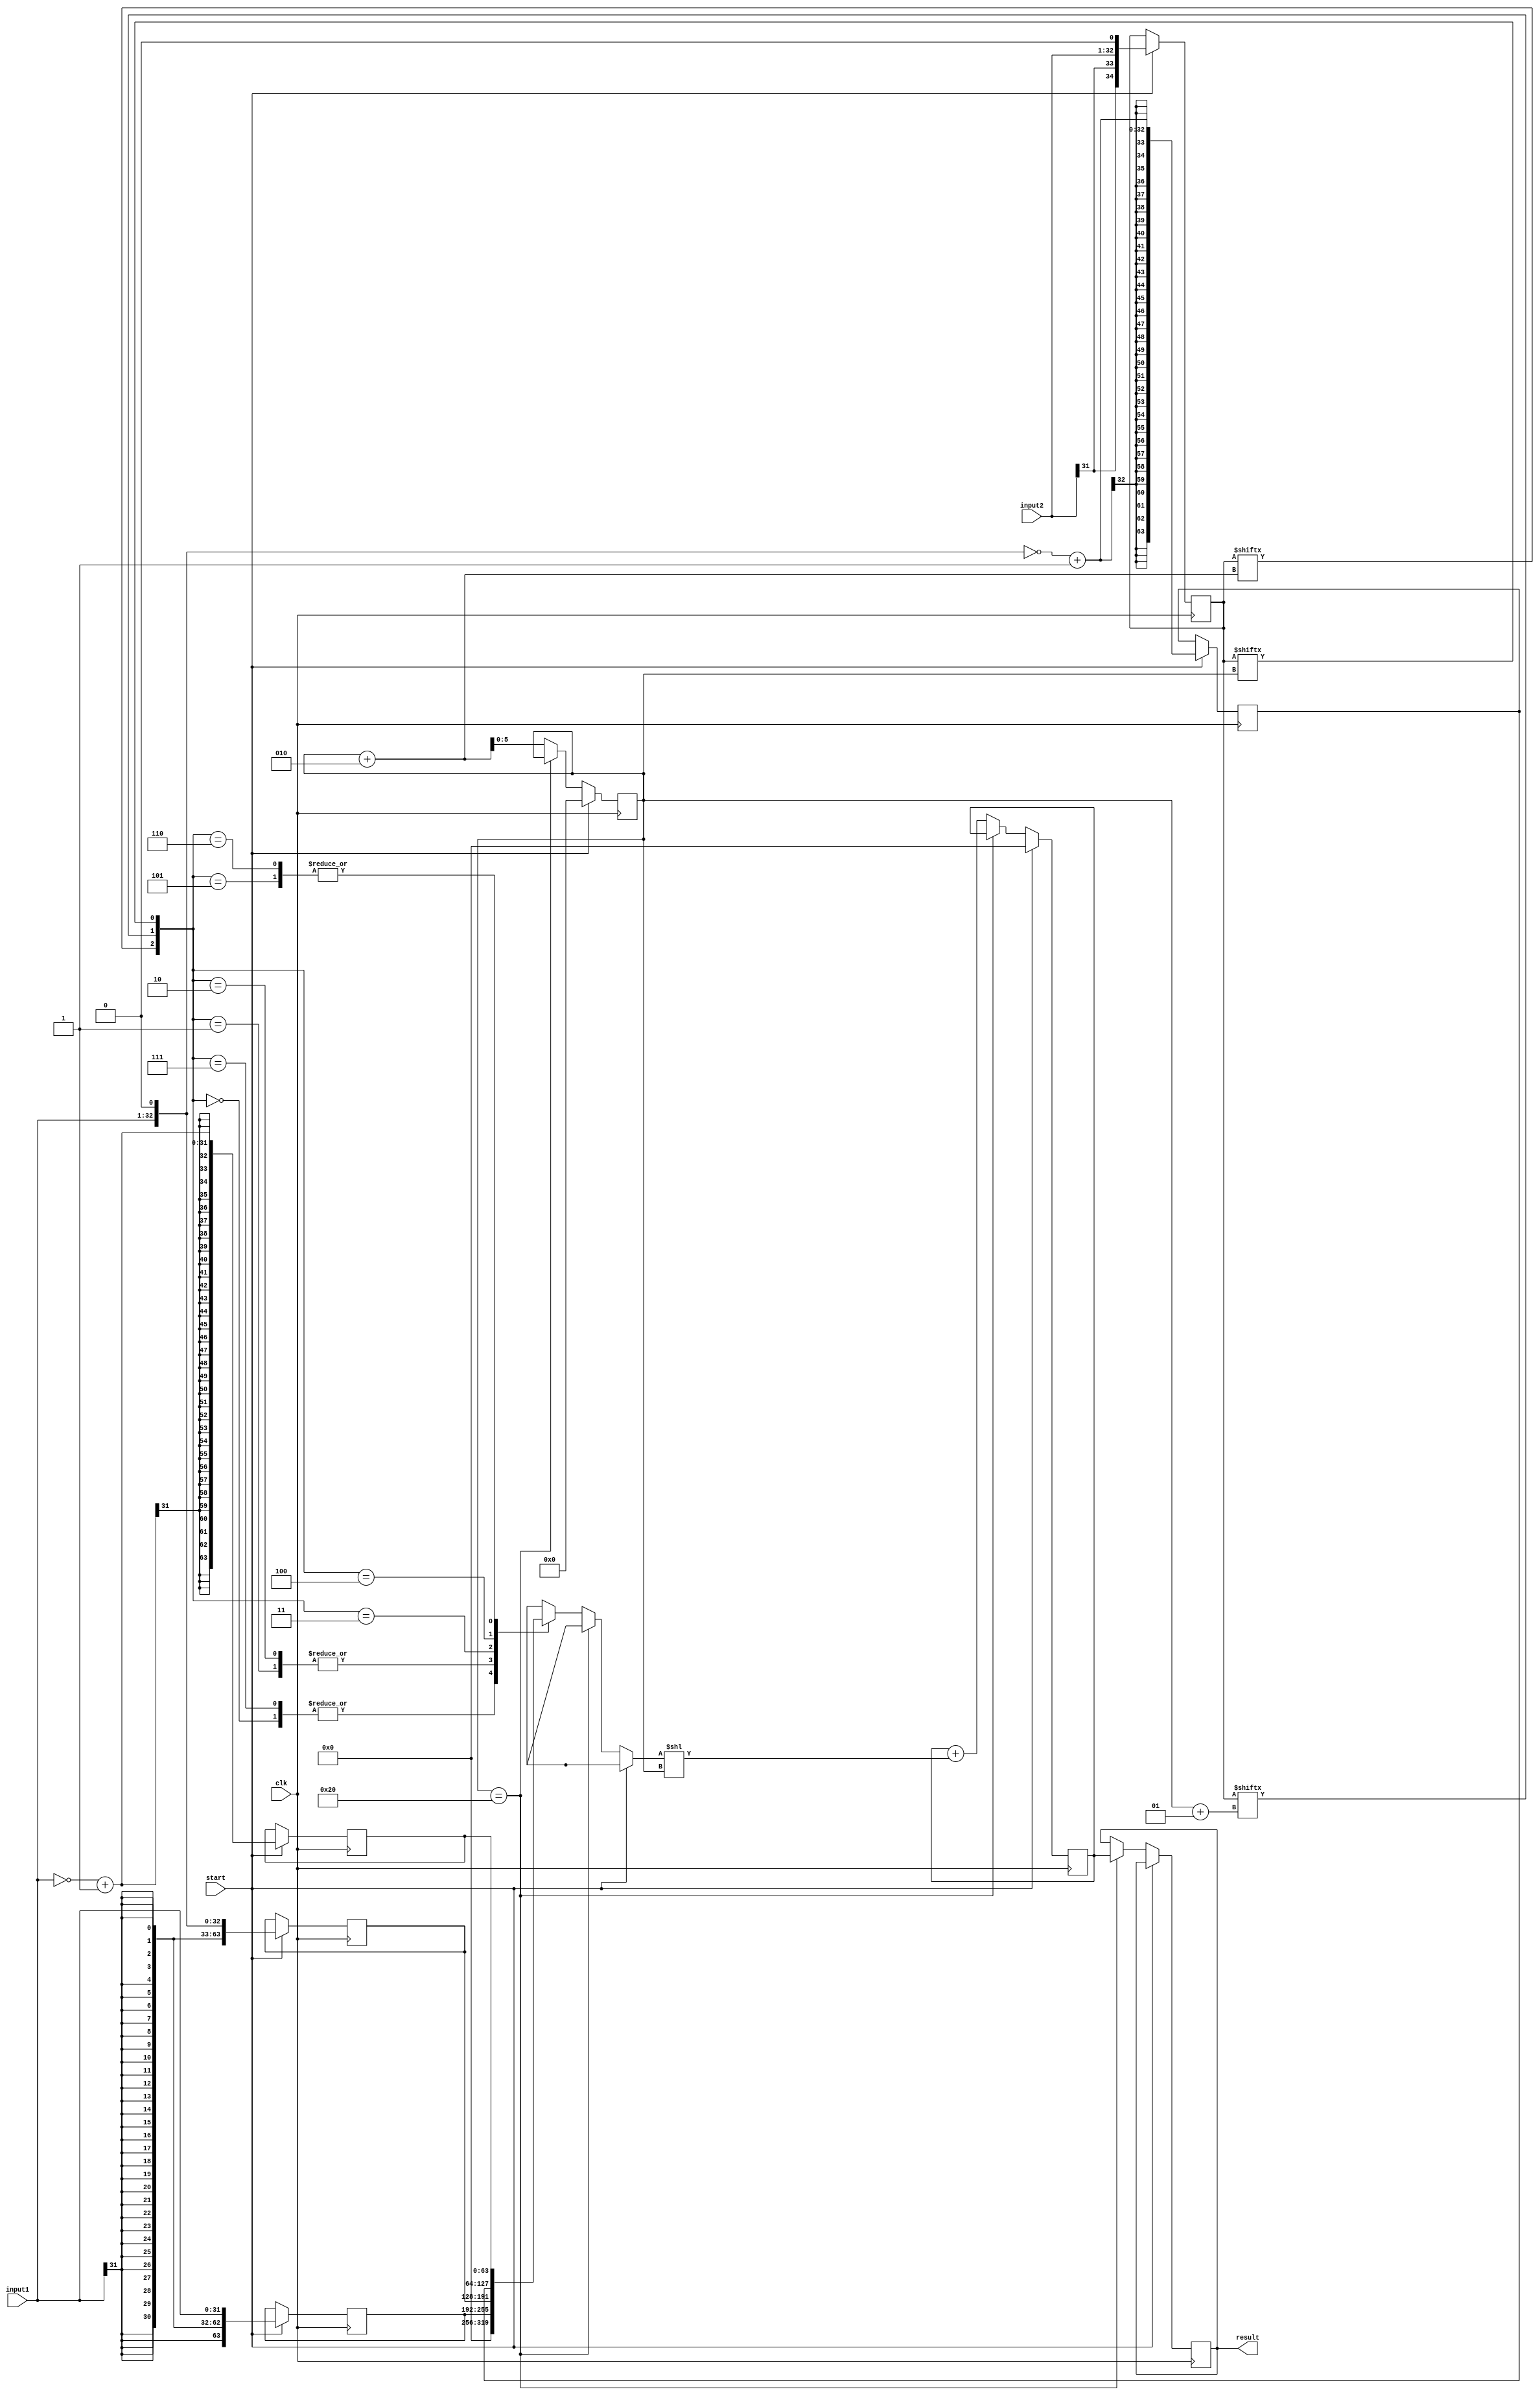
module Radix4Booth (start,clk,input1,input2,result);
input [31:0] input1,input2;
input clk,start;
output reg [63:0] result;

reg [63:0] tempResult;

reg[31:0] A;
reg[31:0] B;

reg [34:0] newB;

reg [63:0] A1Plus;
reg [63:0] invertFirstInput;
reg [63:0] shiftFirstInput;
reg [63:0] shiftInvertFirstInput;

reg [31:0] A1MinusFirst;
reg [32:0] A2PlusFirst;
reg [32:0] A2MinusFirst;

reg [63:0] in;
reg signed [5:0] n;


always@(posedge clk)
begin
if (start) 
  begin
    A=input1;
    B=input2;
    newB = {{2{B[31]}} , B  , 1'b0 };
    tempResult='b0;
    in='b0;
    n = 6'b000000;

    A1Plus = { {32{A[31]}}, A };

    A1MinusFirst=~A+1;
    invertFirstInput={ {32{A1MinusFirst[31]}}, A1MinusFirst };

    A2PlusFirst = A << 1;
    shiftFirstInput={{31{A2PlusFirst[32]}},A2PlusFirst};

    A2MinusFirst=~shiftFirstInput+1;
    shiftInvertFirstInput={{31{A2MinusFirst[32]}},A2MinusFirst};

end
else
    begin
      if(n == 'd32)
        begin
          result =  tempResult;
        end
      else
        begin
          case ({newB[n+2],newB[n+1],newB[n]})
          3'b000 : in= 0;
          3'b111 : in= 0;

          3'b001 : in= (A1Plus);
          3'b010 : in= (A1Plus);

          3'b011 : in= (shiftFirstInput);

          3'b100 : in= (shiftInvertFirstInput);

          3'b101 : in= (invertFirstInput);
          3'b110 : in= (invertFirstInput);
          endcase

          tempResult=tempResult+(in<< n);
        n = n+2;
        end
    end
end

endmodule
module Radix4 (input clk, input [31:0] inputA, inputB, output reg [63:0] out, input start);
	wire [63:0] result;
	reg [31:0] A, B;

	// input register
	always @(posedge clk) begin
		A = inputA;
		B = inputB;
	end

	Radix4Booth mult(start, clk ,A, B, result);

	// output register
	always @(posedge clk) begin
		out <= result;
	end

endmodule